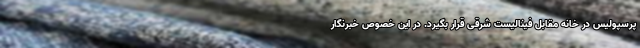
پرسپولیس در خانه مقابل فینالیست شرقی قرار بگیرد. در این خصوص خبرنگار